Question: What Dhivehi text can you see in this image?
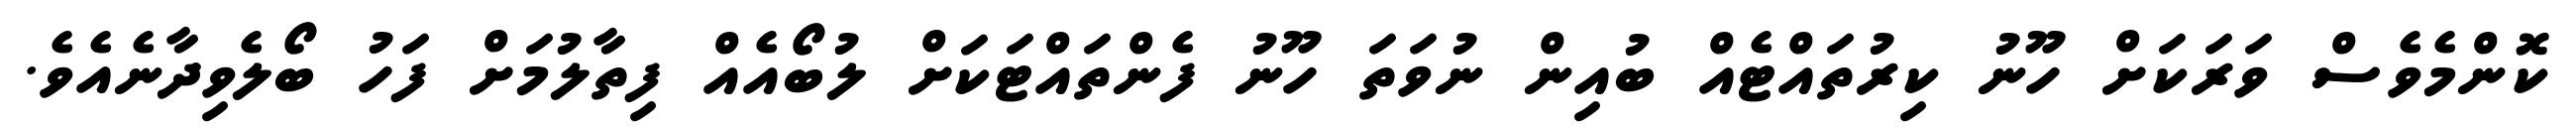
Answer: ކޮންމެވެސް ވަރަކަށް ހޫނު ކިރުތައްޓެއް ބުއިން ނުވަތަ ހޫނު ފެންތައްޓަކަށް ލުބޯއެއް ފިތާލުމަށް ފަހު ބޯލެވިދާނެއެވެ.